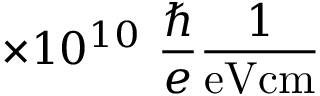
\times 1 0 ^ { 1 0 } ~ \frac { \hbar } { e } \frac { 1 } { \mathrm { e V c m } }